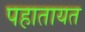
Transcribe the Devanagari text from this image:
पहातायत